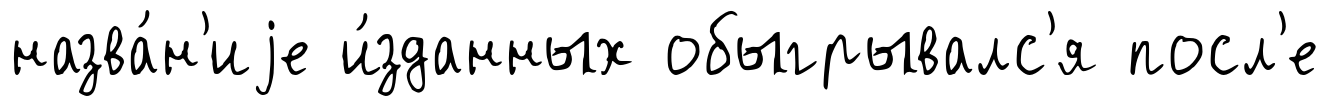
назва́н'иjе и́зданных обыгрывалс'я посл'е